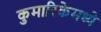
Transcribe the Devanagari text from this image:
कुमारिकेमध्ये